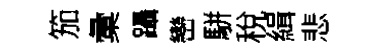
笳彙躡巒駢稅緝悲